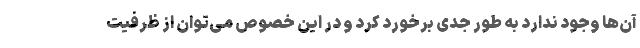
آن‌ها وجود ندارد به طور جدی برخورد کرد و در این خصوص می‌توان از ظرفیت